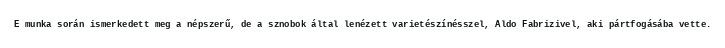
E munka során ismerkedett meg a népszerű, de a sznobok által lenézett varietészínésszel, Aldo Fabrizivel, aki pártfogásába vette.